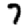
Digit: 7